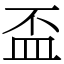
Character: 盃